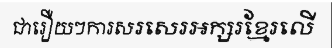
ជារឿយៗការសរសេរអក្សរខ្មែរលើ